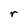
Character: r